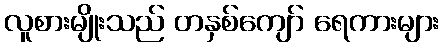
လူစားမျိုးသည် တနှစ်ကျော် ရေကားများ